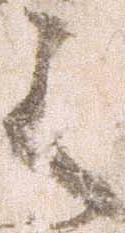
之